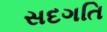
સદગતિ